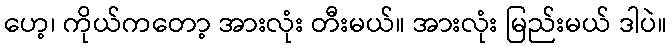
ဟေ့၊ ကိုယ်ကတော့ အားလုံး တီးမယ်။ အားလုံး မြည်းမယ် ဒါပဲ။